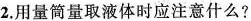
2.用量筒量取液体时应注意什么?